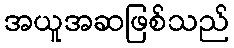
အယူအဆဖြစ်သည်